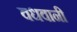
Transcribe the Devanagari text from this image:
वधवानी